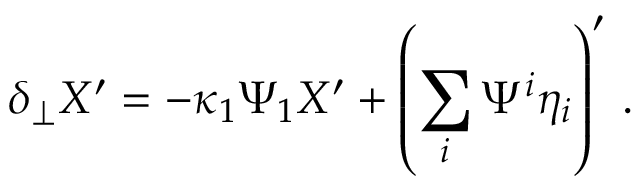
\delta _ { \perp } X ^ { \prime } = - \kappa _ { 1 } \Psi _ { 1 } X ^ { \prime } + \left( \sum _ { i } \Psi ^ { i } \eta _ { i } \right) ^ { \prime } \, .